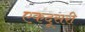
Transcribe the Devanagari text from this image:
एकदूसरी